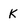
Character: k